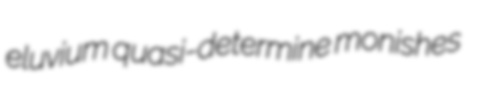
eluvium quasi-determine monishes